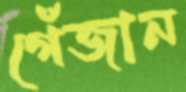
গেঁজান